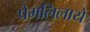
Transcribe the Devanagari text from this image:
प्रेमलिलायें